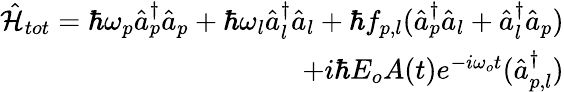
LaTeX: \begin{array}{r}{\hat{\mathcal{H}}_{tot}=\hbar\omega_{p}\hat{a}_{p}^{\dagger}\hat{a}_{p}+\hbar\omega_{l}\hat{a}_{l}^{\dagger}\hat{a}_{l}+\hbar f_{p,l}(\hat{a}_{p}^{\dagger}\hat{a}_{l}+\hat{a}_{l}^{\dagger}\hat{a}_{p})}\\ {+i\hbar E_{o}A(t)e^{-i\omega_{o}t}(\hat{a}_{p,l}^{\dagger})}\end{array}